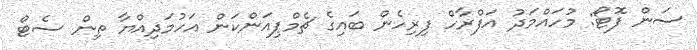
ސަން ފޮޓޯ: މުހައްމަދު އަފްރާހް ފިރިހެން ބައިގެ ޗެމްޕިއަންކަން އަހުމަދިއްޔާ ތިން ސެޓް